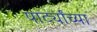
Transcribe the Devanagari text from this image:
पार्ट्यांच्या